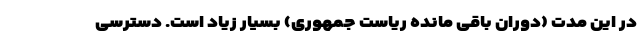
در این مدت (دوران باقی مانده ریاست جمهوری) بسیار زیاد است. دسترسی